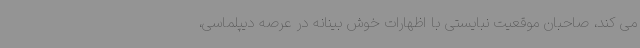
می کند، صاحبان موقعیت نبایستی با اظهارات خوش بینانه در عرصه دیپلماسی،